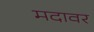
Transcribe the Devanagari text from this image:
मदावर